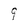
Character: 9